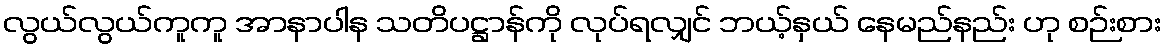
လွယ်လွယ်ကူကူ အာနာပါန သတိပဋ္ဌာန်ကို လုပ်ရလျှင် ဘယ့်နှယ် နေမည်နည်း ဟု စဉ်းစား